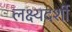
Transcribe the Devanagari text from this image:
लक्ष्यदर्शी